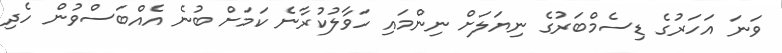
ވަނަ އަހަރުގެ ޑިސެމްބަރުގެ ނިޔަލަށް ނިންމައި ހަވާލުކުރާނެ ކަމަށް ބުނެ އެއްބަސްވުން ހެދި